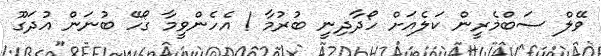
ވޭލް ސަބްމެރީން ކަލެއަށް ހޯދާދިނީ ބުރުމާ ! އެހެންވީމާ ގޯހޭ ބުނަން އުދަގޫ